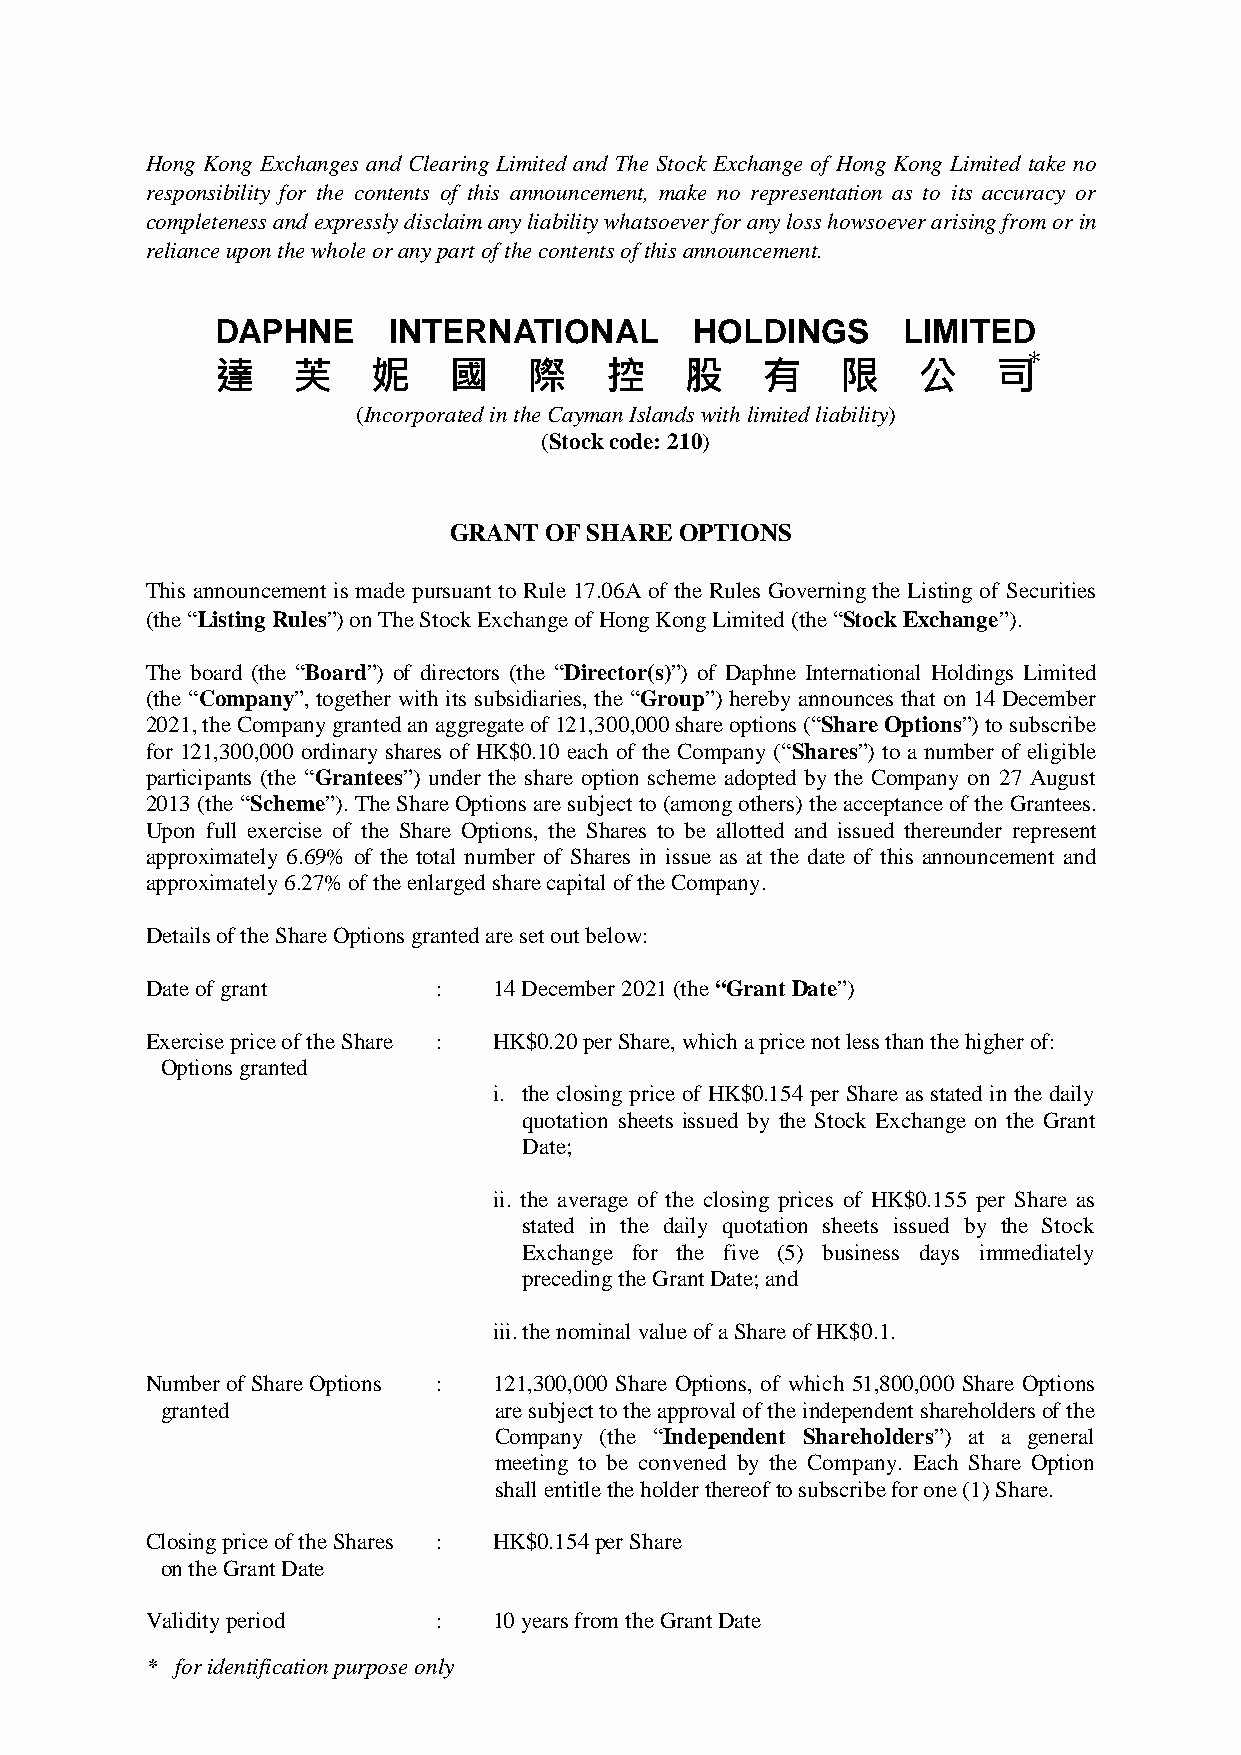
Hong Kong Exchanges and Clearing Limited and The Stock Exchange of Hong Kong Limited take no
 responsibility for the contents of this announcement, make no representation as to its accuracy or
 completeness and expressly disclaim any liability whatsoever for any loss howsoever arising from or in
 reliance upon the whole or any part of the contents of this announcement.
 DAPHNE      INTERNATIONAL       HOLDINGS      LIMITED
 *
 達    芙     妮    國    際    控    股    有     限    公    司
 (Incorporated in the Cayman Islands with limited liability)
 (Stock code: 210)
 GRANT OF SHARE OPTIONS
 This announcement is made pursuant to Rule 17.06A of the Rules Governing the Listing of Securities
 (the “Listing Rules”) on The Stock Exchange of Hong Kong Limited (the “Stock Exchange”).
 The board (the “Board”) of directors (the “Director(s)”) of Daphne International Holdings Limited
 (the “Company”, together with its subsidiaries, the “Group”) hereby announces that on 14 December
 2021, the Company granted an aggregate of 121,300,000 share options (“Share Options”) to subscribe
 for 121,300,000 ordinary shares of HK$0.10 each of the Company (“Shares”) to a number of eligible
 participants (the “Grantees”) under the share option scheme adopted by the Company on 27 August
 2013 (the “Scheme”). The Share Options are subject to (among others) the acceptance of the Grantees.
 Upon full exercise of the Share Options, the Shares to be allotted and issued thereunder represent
 approximately 6.69% of the total number of Shares in issue as at the date of this announcement and
 approximately 6.27% of the enlarged share capital of the Company.
 Details of the Share Options granted are set out below:
 Date of grant      :   14 December 2021 (the “Grant Date”)
 Exercise price of the Share : HK$0.20 per Share, which a price not less than the higher of:
 Options granted
 i. the closing price of HK$0.154 per Share as stated in the daily
 quotation sheets issued by the Stock Exchange on the Grant
 Date;
 ii. the average of the closing prices of HK$0.155 per Share as
 stated in the daily quotation sheets issued by the Stock
 Exchange for the five (5) business days immediately
 preceding the Grant Date; and
 iii. the nominal value of a Share of HK$0.1.
 Number of Share Options : 121,300,000 Share Options, of which 51,800,000 Share Options
 granted               are subject to the approval of the independent shareholders of the
 Company (the “Independent Shareholders”) at a general
 meeting to be convened by the Company. Each Share Option
 shall entitle the holder thereof to subscribe for one (1) Share.
 Closing price of the Shares : HK$0.154 per Share
 on the Grant Date
 Validity period    :   10 years from the Grant Date
 * for identification purpose only